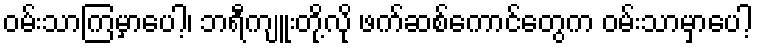
ဝမ်းသာကြမှာပေါ့၊ ဘရီကျူးတို့လို ဖက်ဆစ်ကောင်တွေက ဝမ်းသာမှာပေါ့